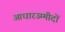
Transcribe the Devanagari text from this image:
आधारउम्मीदों